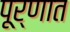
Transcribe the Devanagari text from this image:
पूर्णात